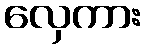
လှေကား